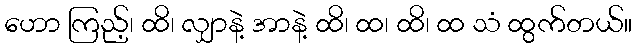
ဟော ကြည့်၊ ထိ၊ လျှာနဲ့ အာနဲ့ ထိ၊ ထ၊ ထိ၊ ထ သံ ထွက်တယ်။